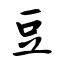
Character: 豆